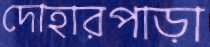
দোহারপাড়া